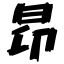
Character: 昂